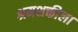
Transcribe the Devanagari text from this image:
श्रमशक्तीला